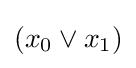
(x_{0}\lor x_{1})